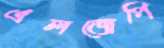
এলজেপি